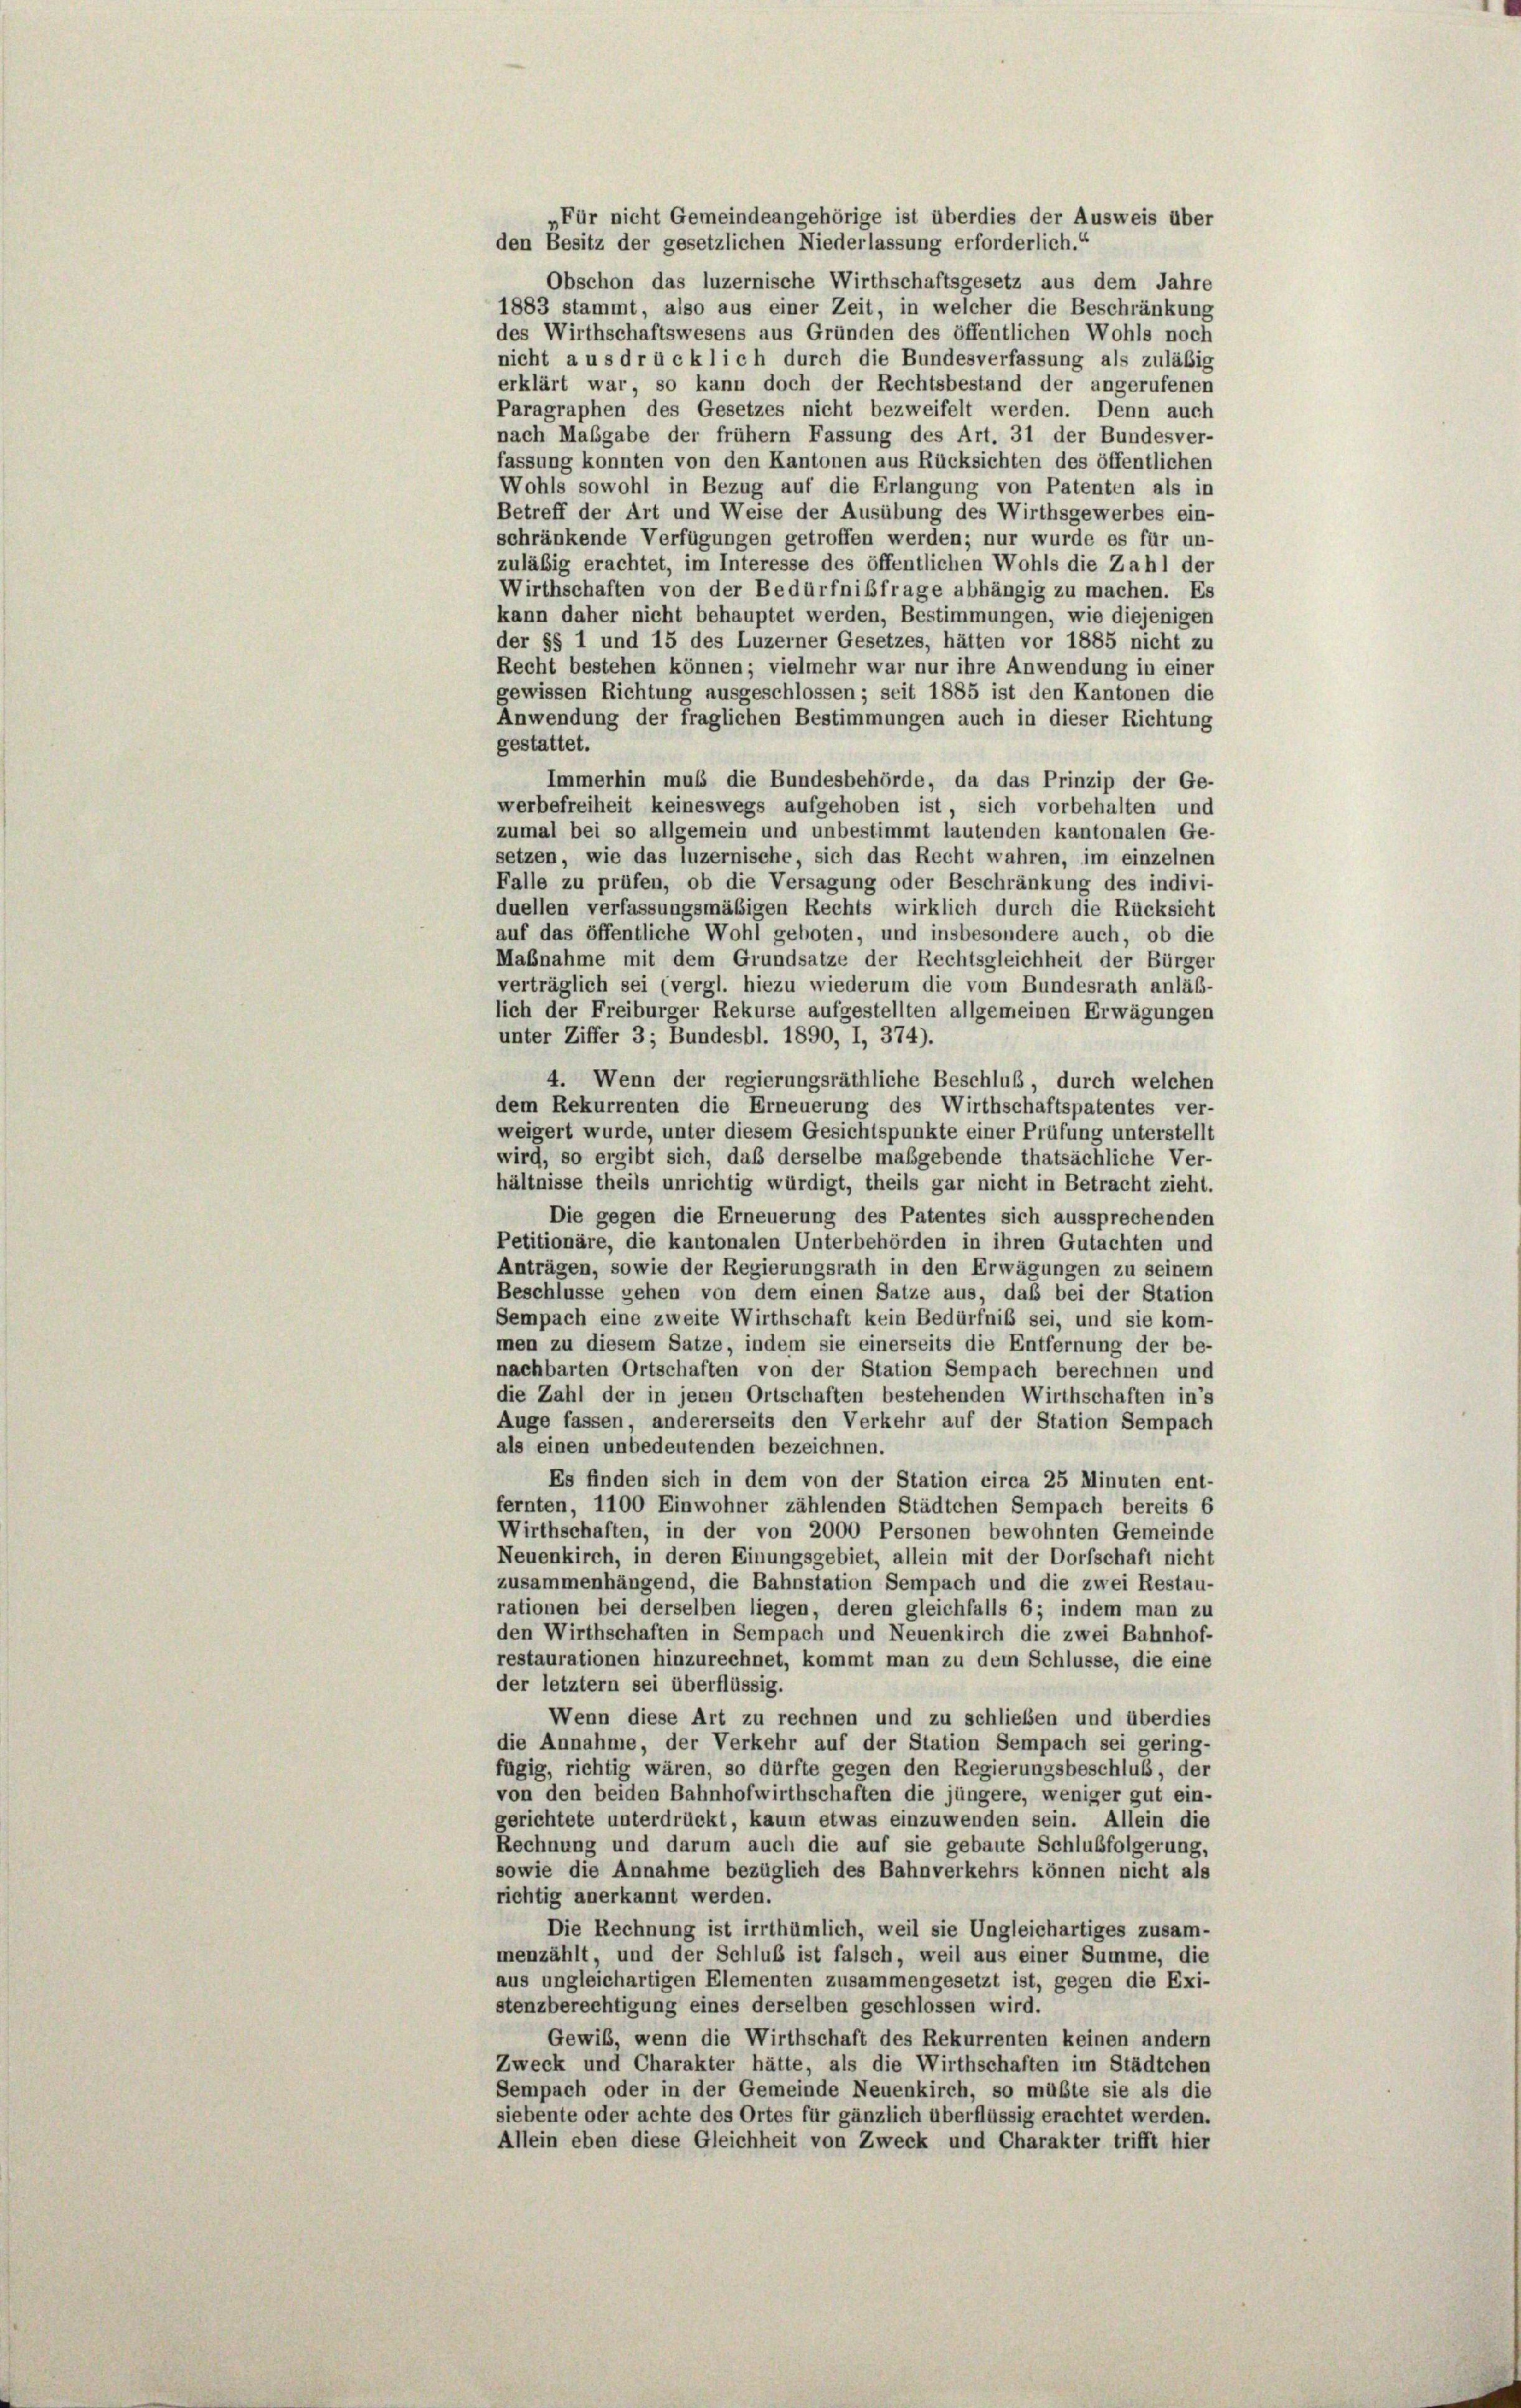
„Für nicht Gemeindeangehörige ist überdies der Ausweis über
den Besitz der gesetzlichen Niederlassung erforderlich.“
Obschon das luzernische Wirthschaftsgesetz aus dem Jahre
1883 stammt, also aus einer Zeit, in welcher die Beschränkung
des Wirthschaftswesens aus Gründen des öffentlichen Wohls noch
nicht aus drücklich durch die Bundesverfassung als zuläßig
erklärt war, so kann doch der Rechtsbestand der angerufenen
Paragraphen des Gesetzes nicht bezweifelt werden. Denn auch
nach Maßgabe der frühem Fassung des Art. 31 der Bundesver-
fassung konnten von den Kantonen aus Rücksichten des öffentlichen
Wohls sowohl in Bezug auf die Erlangung von Patenten als in
Betreff der Art und Weise der Ausübung des Wirthsgewerbes ein-
schränkende Verfügungen getroffen werden; nur wurde es für un-
zuläßig erachtet, im Interesse des öffentlichen Wohls die Zahl der
Wirthschaften von der Bedürfnisfrage abhängig zu machen. Es
kann daher nicht behauptet werden, Bestimmungen, wie diejenigen
der §§ 1 und 15 des Luzerner Gesetzes, hätten vor 1885 nicht zu
Recht bestehen können; vielmehr war nur ihre Anwendung in einer
gewissen Richtung ausgeschlossen; seit 1885 ist den Kantonen die
Anwendung der fraglichen Bestimmungen auch in dieser Richtung
gestattet.
Immerhin muß die Bundesbehörde, da das Prinzip der Ge-
werbefreiheit keineswegs aufgehoben ist, sich vorbehalten und
zumal bei so allgemein und unbestimmt lautenden kantonalen Ge-
setzen, wie das luzernische, sich das Recht wahren, im einzelnen
Falle zu prüfen, ob die Versagung oder Beschränkung des indivi-
duellen verfassungsmäßigen Rechts wirklich durch die Rücksicht
auf das öffentliche Wohl geboten, und insbesondere auch, ob die
Maßnahme mit dem Grundsätze der Rechtsgleichheit der Bürger
verträglich sei (vergl. hiezu wiederum die vom Bundesrath anläß-
lich der Freiburger Rekurse aufgestellten allgemeinen Erwägungen
unter Ziffer 3; Bundesbl. 1890, I, 374).
4. Wenn der regierungsräthliche Beschluß, durch welchen
dem Rekurrenten die Erneuerung des Wirthschaftspatentes ver-
weigert wurde, unter diesem Gesichtspunkte einer Prüfung unterstellt
wird, so ergibt sich, daß derselbe maßgebende thatsächliche Ver-
hältnisse theils unrichtig würdigt, theils gar nicht in Betracht zieht.
Die gegen die Erneuerung des Patentes sich aussprechenden
Petitionäre, die kantonalen Unterbehörden in ihren Gutachten und
Anträgen, sowie der Regierungsrath in den Erwägungen zu seinem
Beschlüsse gehen von dem einen Satze aus, daß bei der Station
Sempach eine zweite Wirthschaft kein Bedürfniß sei, und sie kom-
men zu diesem Satze, indem sie einerseits die Entfernung der be-
nachbarten Ortschaften von der Station Sempach berechnen und
die Zahl der in jenen Ortschaften bestehenden Wirthschaften in’s
Auge fassen, andererseits den Verkehr auf der Station Sempach
als einen unbedeutenden bezeichnen.
Es finden sich in dem von der Station circa 25 Minuten ent-
fernten, 1100 Einwohner zählenden Städtchen Sempach bereits 6
Wirthschaften, in der von 2000 Personen bewohnten Gemeinde
Neuenkirch, in deren Einungsgebiet, allein mit der Dorfschaft nicht
zusammenhängend, die Bahnstation Sempach und die zwei Restau-
rationen bei derselben liegen, deren gleichfalls 6; indem man zu
den Wirthschaften in Sempach und Neuenkirch die zwei Bahnhof-
restaurationen hinzurechnet, kommt man zu dem Schlüsse, die eine
der letztem sei überflüssig.
Wenn diese Art zu rechnen und zu schließen und überdies
die Annahme, der Verkehr auf der Station Sempach sei gering-
fügig, richtig wären, so dürfte gegen den Regierungsbeschluß, der
von den beiden Bahnhofwirthschaften die jüngere, weniger gut ein-
gerichtete unterdrückt, kaum etwas einzuwenden sein. Allein die
Rechnung und darum auch die auf sie gebaute Schlußfolgerung,
sowie die Annahme bezüglich des Bahnverkehrs können nicht als
richtig anerkannt werden.
Die Rechnung ist irrthümlich, weil sie Ungleichartiges zusam-
menzählt, und der Schluß ist falsch, weil aus einer Summe, die
aus ungleichartigen Elementen zusammengesetzt ist, gegen die Exi-
stenzberechtigung eines derselben geschlossen wird.
Gewiß, wenn die Wirthschaft des Rekurrenten keinen andern
Zweck und Charakter hätte, als die Wirthschaften im Städtchen
Sempach oder in der Gemeinde Neuenkirch, so müßte sie als die
siebente oder achte des Ortes für gänzlich überflüssig erachtet werden.
Allein eben diese Gleichheit von Zweck und Charakter trifft hier